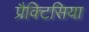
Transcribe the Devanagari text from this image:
प्रैक्टिसिया